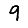
Digit: 9